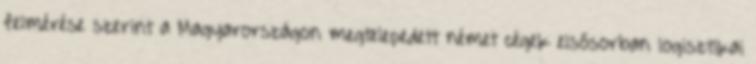
felmérése szerint a Magyarországon megtelepedett német cégek elsősorban logisztikai